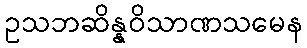
ဥသဘဆိန္နဝိသာဏသမေန